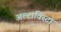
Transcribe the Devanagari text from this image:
अल्टाविस्टा